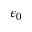
\epsilon _ { 0 }